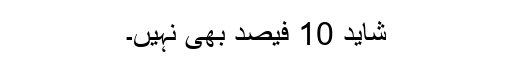
شاید 10 فیصد بھی نہیں۔